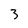
Character: 3